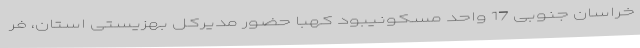
خراسان جنوبی 17 واحد مسکونیبود کهبا حضور مدیرکل بهزیستی استان، فر